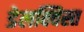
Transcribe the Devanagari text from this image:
डेलक्विस्त